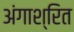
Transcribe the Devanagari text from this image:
अंगाश्रित